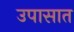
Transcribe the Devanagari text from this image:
उपासात